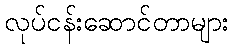
လုပ်ငန်းဆောင်တာများ